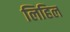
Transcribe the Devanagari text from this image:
लिहिल